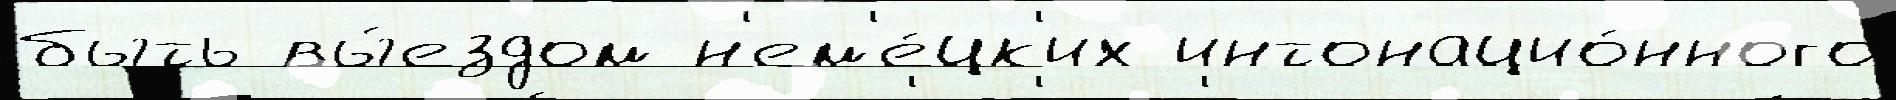
быть вы́ездом н'ем'е́цк'их интонацио́нного